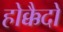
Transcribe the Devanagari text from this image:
होक्कैदो